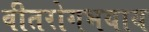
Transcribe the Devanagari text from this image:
वीतरोगभयाय